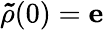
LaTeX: {\mathbf{\tilde{\rho}}}(0)={\mathbf e}